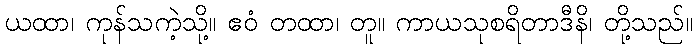
ယထာ၊ ကုန်သကဲ့သို့။ ဧဝံ တထာ၊ တူ။ ကာယသုစရိတာဒီနိ၊ တို့သည်။